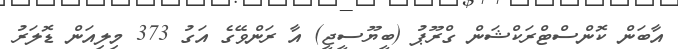
އާބަން ކޮންސްޓްރަކްޝަން ގްރޫޕު (ބީޔޫސީޖީ) އާ ރަންވޭގެ އަގު 373 މިލިއަން ޑޮލަރު